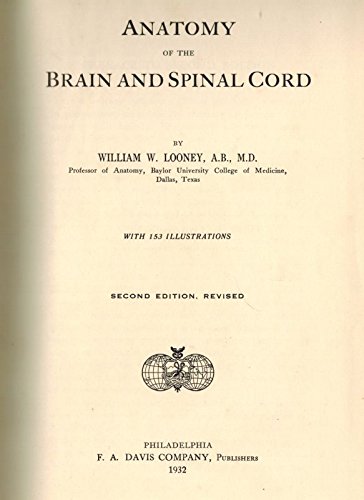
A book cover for Anatomy of the Brain and Spinal Cord; William W. Looney; Health, Fitness & Dieting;